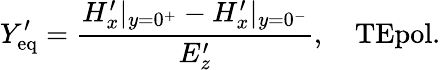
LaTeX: Y_{\mathrm{eq}}^{\prime}=\frac{H_{x}^{\prime}|_{y=0^{+}}-H_{x}^{\prime}|_{y=0^{-}}}{E_{z}^{\prime}},\quad\textrm{TEpol.}